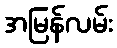
အမြန်လမ်း